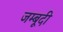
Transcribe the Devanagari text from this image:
जम्बूदी